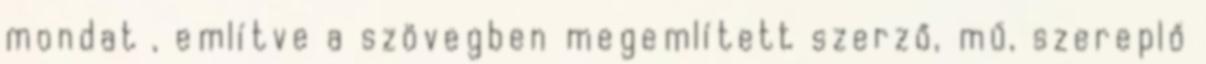
mondat , említve a szövegben megemlített szerző, mű, szereplő